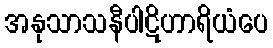
အနုသာသနီပါဋိဟာရိယံပေ